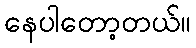
နေပါတော့တယ်။